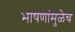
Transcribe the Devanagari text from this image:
भाषणांमुळेच